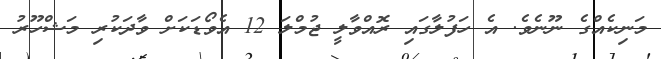
މަނިކެއްގެ ނޫނެވެ. އެ ހަފުލާގައި ރޮއްވާލީ ޖުމްލަ 12 އެވޯޑަކަށް ވާދަކުރި މަޝްހޫރު